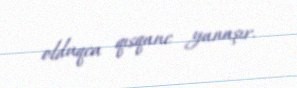
olduqca qısqanc yanaşır.